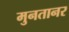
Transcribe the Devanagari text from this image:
मुनतानर